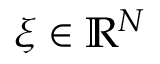
\boldsymbol { \xi } \in \mathbb { R } ^ { N }